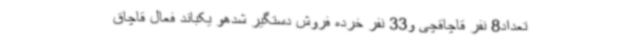
تعداد8 نفر قاچاقچی و33 نفر خرده فروش دستگیر شدهو یکباند فعال قاچاق